Medical and sanitary report on the native army of Bombay for the year
Year: 1878
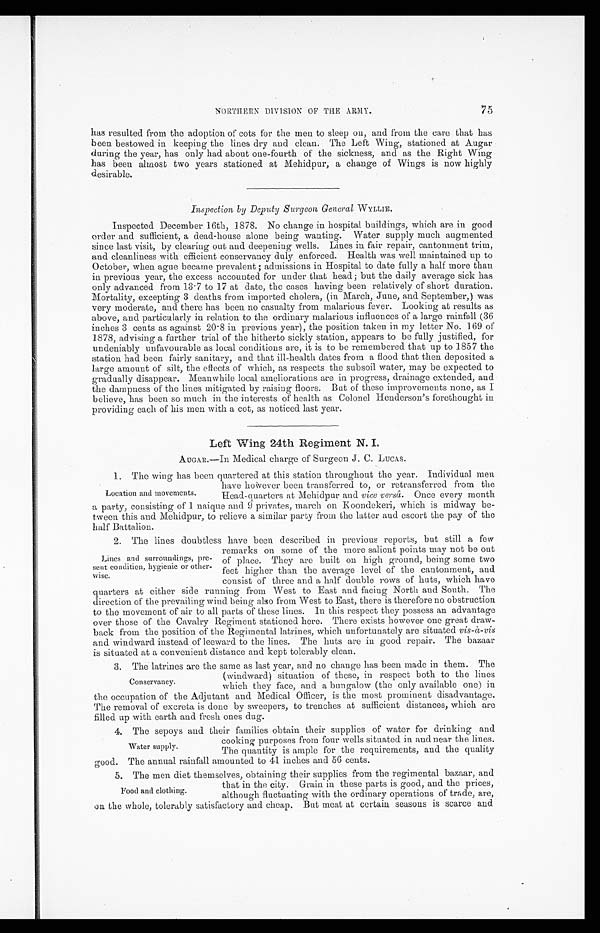
NORTHERN DIVISION OF THE ARMY.
75
has resulted from the adoption of cots for the men to sleep on, and from the care that has
been bestowed in keeping the lines dry and clean. The Left Wing, stationed at Augar
during the year, has only had about one-fourth of the sickness, and as the Right Wing
has been almost two years stationed at Mehidpur, a change of Wings is now highly
desirable.
Inspection by Deputy Surgeon, General WYLLIE.
Inspected December 16th, 1878. No change in hospital buildings, which are in good
order and sufficient, a dead-house alone being wanting. Water supply much augmented
since last visit, by clearing out and deepening wells. Lines in fair repair, cantonment trim,
and cleanliness with efficient conservancy duly enforced. Health was well maintained up to
October, when ague became prevalent; admissions in Hospital to date fully a half more than
in previous year, the excess accounted for under that head; but the daily average sick has
only advanced from 13·7 to 17 at date, the cases having been relatively of short duration.
Mortality, excepting 3 deaths from imported cholera, (in March, June, and September,) was
very moderate, and there has been no casualty from malarious fever. Looking at results as
above, and particularly in relation to the ordinary malarious influences of a large rainfall (36
inches 3 cents as against 20·8 in previous year), the position taken in my letter No. 169 of
1878 , advising a further trial of the hitherto sickly station, appears to be fully justified, for
undeniably unfavourable as local conditions are, it is to be remembered that up to 1857 the
station had been fairly sanitary, and that ill-health dates from a flood that then deposited a
large amount of silt, the effects of which, as respects the subsoil water, may be expected to
gradually disappear. Meanwhile local ameliorations are in progress, drainage extended, and
the dampness of the lines mitigated by raising floors. But of these improvements none, as I
believe, has been so much in the interests of health as Colonel Henderson's forethought in
providing each of his men with a cot, as noticed last year.
Left Wing 24th Regiment N. I.
AUGAR.—In Medical charge of Surgeon J. C. LUCAS.
1. The wing has been quartered at this station throughout the year. Individual men
have however been transferred to, or retransferred from the
Head-quarters at Mehidpur and vice versâ. Once every month
a party, consisting of 1 naique and 9 privates, march on Koondekeri, which is midway be
-tween this and Mehidpur, to relieve a similar party from the latter and escort the pay of the
half Battalion.
2. The lines doubtless have been described in previous reports, but still a few
remarks on some of the more salient points may not be out
of place. They are built on high ground, being some two
feet higher than the average level of the cantonment, and
consist of three and a half double rows of huts, which have
quarters at either side running from West to East and facing North and South. The
direction of the prevailing wind being also from West to East, there is therefore no obstruction
to the movement of air to all parts of these lines. In this respect they possess an advantage
over those of the Cavalry Regiment stationed here. There exists however one great draw
- b a c k f r o m t h e p o s i t i o n o f t h e R e g i m e n t a l l a t r i n e s , w h i c h u n f o r t u n a t e l y a r e s i t u a t e d
v i s - à - v i s
and windward instead of leeward to the lines. The huts are in good repair. The bazaar
is situated at a convenient distance and kept tolerably clean.
3. The latrines are the same as last year, and no change has been made in them. The
(windward) situation of these, in respect both to the lines
which they face, and a bungalow (the only available one) in
the occupation of the Adjutant and Medical Officer, is the most prominent disadvantage.
The removal of excreta is done by sweepers, to trenches at sufficient distances, which are
filled up with earth and fresh ones dug.
4. The sepoys and their families obtain their supplies of water for drinking and
cooking purposes from four wells situated in and near the lines.
The quantity is ample for the requirements, and the quality
good. The annual rainfall amounted to 41 inches and 56 cents.
Location and movements.
Lines and surroundings, pre-
sent condition, hygienic or other-
wise.
Conservancy.
Water supply.
5. The men diet themselves, obtaining their supplies from the regimental bazaar, and
that in the city. Grain in these parts is good, and the prices,
although fluctuating with the ordinary operations of trade, are,
on the whole, tolerably satisfactory and cheap. But meat at certain seasons is scarce and
Food and clothing.